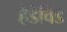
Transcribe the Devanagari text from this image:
हैडेविड